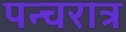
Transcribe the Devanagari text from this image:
पन्चरात्र